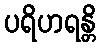
ပရိဟရန္တိ